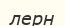
лерн